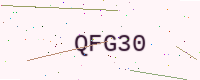
Text: QFG30